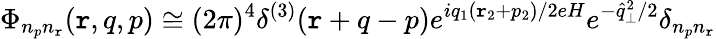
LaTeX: \Phi_{n_{p}n_{\mathtt{r}}}(\mathtt{r},q,p)\cong(2\pi)^{4}\delta^{(3)}(\mathtt{r}+q-p)e^{iq_{1}(\mathtt{r}_{2}+p_{2})/2eH}e^{-\widehat{{q}}_{\perp}^{2}/2}\delta_{n_{p}n_{\mathtt{r}}}